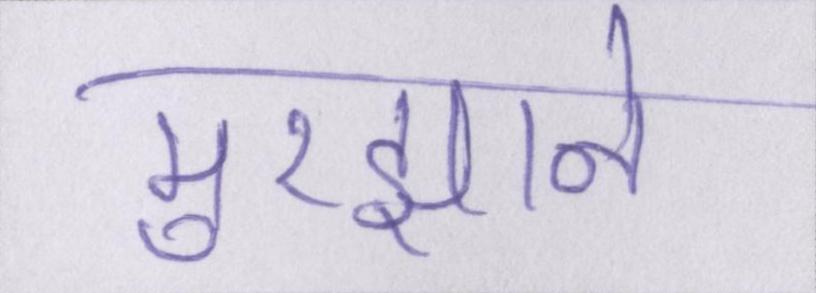
मुरझाने